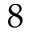
8